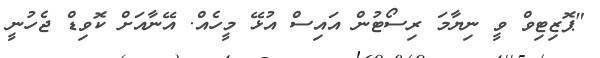
"ޕޮޒިޓިވް ވީ ނިޔާމަ ރިސޯޓުން އައިސް އުޅޭ މީހެއް. އޭނާއަށް ކޮވިޑް ޖެހުނީ